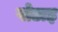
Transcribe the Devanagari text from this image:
पोटाइ